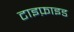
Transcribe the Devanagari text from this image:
टाइफ़ाइड